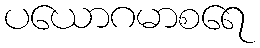
ပယောဂမာစရေ